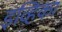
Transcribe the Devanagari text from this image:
इव्हिका